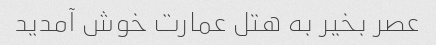
عصر بخیر به هتل عمارت خوش آمدید